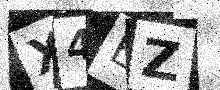
Text: X4EZ